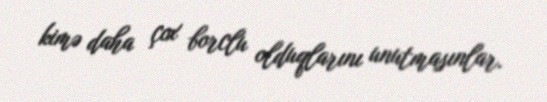
kimə daha çox borclu olduqlarını unutmasınlar.